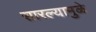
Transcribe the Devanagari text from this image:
सारल्यामुळे